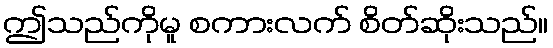
ဤသည်ကိုမူ စကားလက် စိတ်ဆိုးသည်။